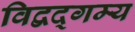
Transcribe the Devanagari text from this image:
विद्वद्गम्य